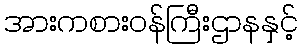
အားကစားဝန်ကြီးဌာနနှင့်